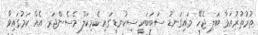
ތުރުތުރުއަޅާ ބަލި ޖެހޭ މައިގަނޑު ސަބަބަކީ ސިކުނޑީގައި ކެމިކަލް މެސެންޖަރ އެއް ކަމުގައިވާ